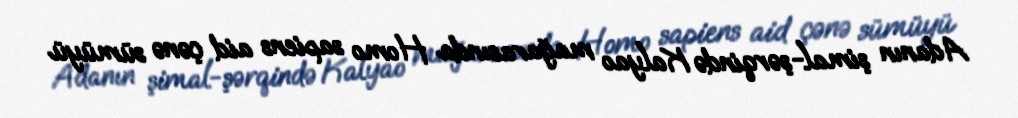
Adanın şimal-şərqində Kalyao mağarasında Homo sapiens aid çənə sümüyü